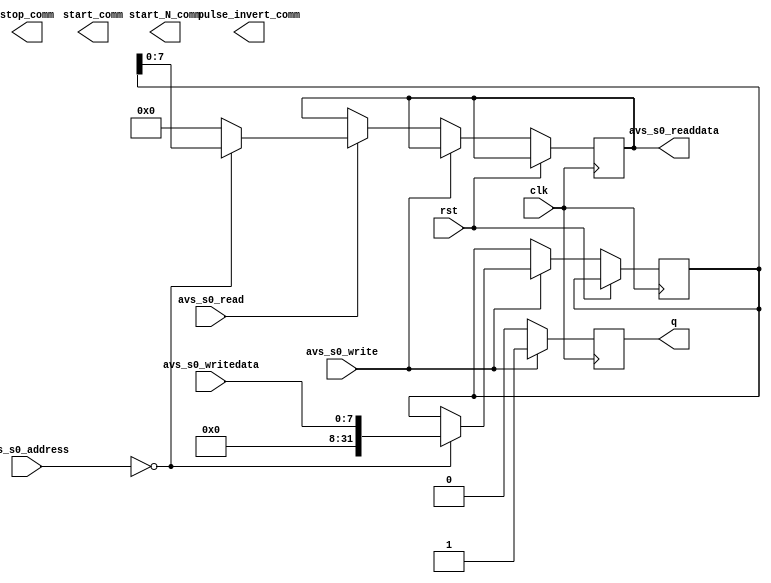
module avalon
(
	input  wire        clk,              
    input  wire        rst,              

	input  wire [31:0]  avs_s0_address,   
	input  wire [7:0]  avs_s0_writedata, 

	output reg [7:0]   avs_s0_readdata,  

	input  wire        avs_s0_write,     
	input  wire        avs_s0_read,     

     output reg      q,

     output reg      start_comm,
                     stop_comm,
                     start_N_comm,
                     pulse_invert_comm 
	           
);
reg [31:0]           control_reg;

reg                  write_addr_err;

reg                  start,
                     stop,
                     start_N,
                     pulse_invert; 

/*assign               start = control_reg[0],
                     stop = control_reg[1], 
                     start_N = control_reg[2],
                     pulse_invert  = control_reg[3];
*/


always @(posedge clk)
    begin
    if (rst)
        begin
          write_addr_err <= 1'b0;
        end
    else
        if (avs_s0_write)
            begin
               case (avs_s0_address)
                    2'h0: control_reg <= avs_s0_writedata;
                default:
                    write_addr_err <= 1'b1;
               endcase 
            end

    else
          if (avs_s0_read)
            begin
			   case (avs_s0_address)
                    2'h0: avs_s0_readdata <= control_reg; 
                default:
                    avs_s0_readdata <= 32'b0;
               endcase
            end
           
    end


always @(posedge clk)
begin
    q <= 1'b0;
    if (avs_s0_write)
    begin
        q <= 1'b1;
     end   
end


always @(posedge q)
begin
   
start          = control_reg[0];
stop           = control_reg[1]; 
start_N        = control_reg[2];
pulse_invert   = control_reg[3];

  /* if (start == 1'b1) begin
        start_comm <= 1'b1;
     end
   else begin
        start_comm <= 1'b0; 
        end

   if (stop == 1'b1) begin
        stop_comm <= 1'b1; 
     end
   else begin
        stop_comm <= 1'b0; 
        end


   if (start_N == 1'b1) begin
        start_N_comm <= 1'b1; 
        end
   else begin
        start_N_comm <= 1'b0; 
        end


   if (pulse_invert == 1'b1) begin
        pulse_invert_comm <= 1'b1; 
        end
   else begin
        pulse_invert_comm <= 1'b0;   
        end   
*/

end


endmodule